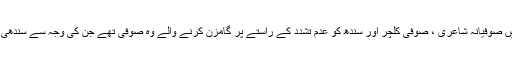
شیخ عثمان مروندی لال شہباز قلندر کو سندھ میں صوفیانہ شاعری ، صوفی کلچر اور سندھ کو عدم تشدد کے راستے پر گامزن کرنے والے وہ صوفی تھے جن کی وجہ سے سندھی کلچر ایک واضح شکل وصورت اختیار کرپایا ۔